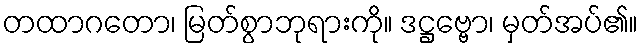
တထာဂတော၊ မြတ်စွာဘုရားကို။ ဒဋ္ဌဗ္ဗော၊ မှတ်အပ်၏။